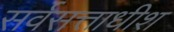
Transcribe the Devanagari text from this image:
सर्वसत्ताधीश